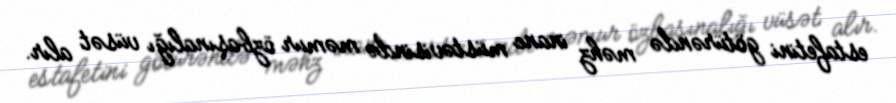
estafetini götürəndə məhz inanc müstəvisində məmur özbaşınalığı vüsət alır.